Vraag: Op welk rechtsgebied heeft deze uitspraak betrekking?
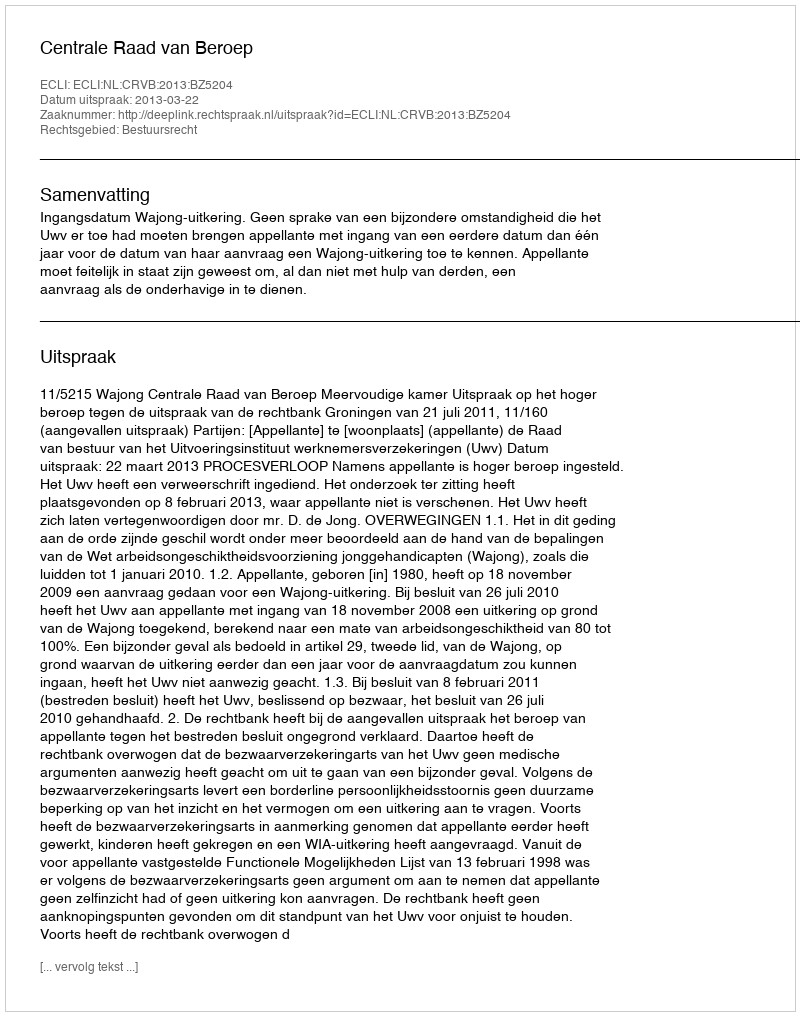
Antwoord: Bestuursrecht